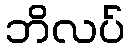
ဘိလပ်